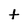
Character: t